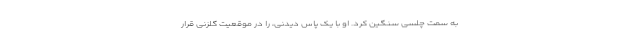
به سمت چلسی سنگین کرد. او با یک پاس دیدنی، را در موقعیت گلزنی قرار